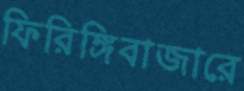
ফিরিঙ্গিবাজারে